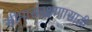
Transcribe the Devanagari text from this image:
सीमासंरक्षणासाठी